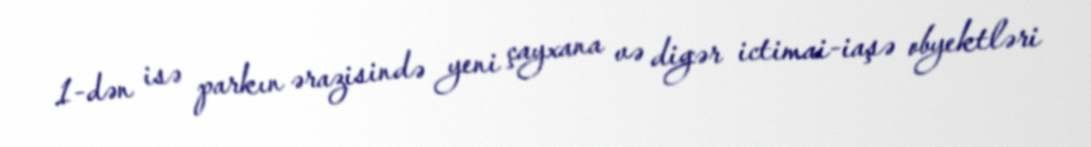
1-dən isə parkın ərazisində yeni çayxana və digər ictimai-iaşə obyektləri